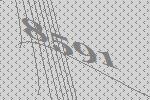
8591